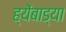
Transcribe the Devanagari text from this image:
ह्येंबाड्या